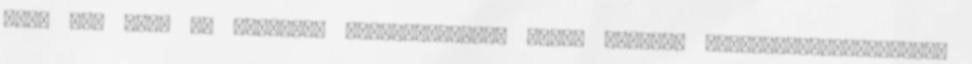
arra is, hogy az Országos Mentőszolgálat által végzett rendezvénybiztosítási